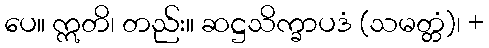
ပေ။ ဣတိ၊ တည်း။ ဆဋ္ဌသိက္ခာပဒံ (သမတ္တံ)၊ +